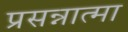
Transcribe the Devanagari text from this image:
प्रसन्नात्मा